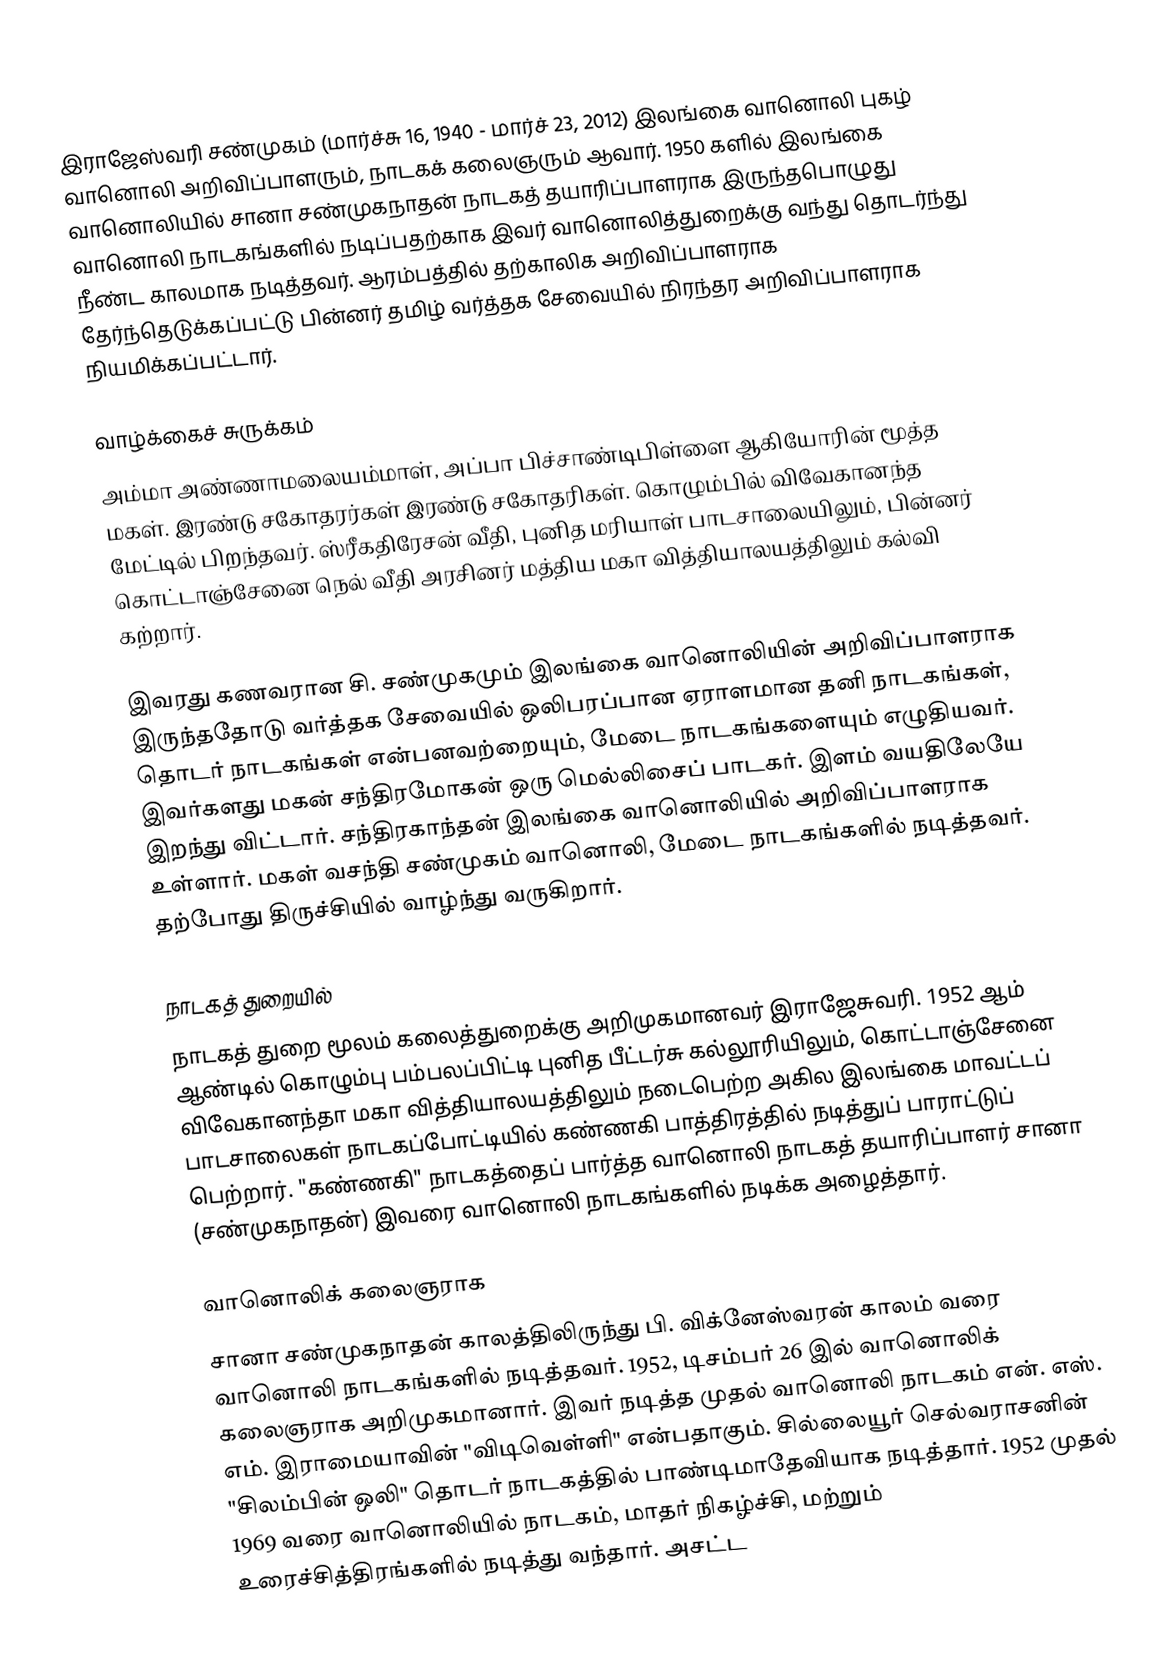
இராஜேஸ்வரி சண்முகம் (மார்ச்சு 16, 1940 - மார்ச் 23, 2012) இலங்கை வானொலி புகழ் வானொலி அறிவிப்பாளரும், நாடகக் கலைஞரும் ஆவார். 1950 களில் இலங்கை வானொலியில் சானா சண்முகநாதன் நாடகத் தயாரிப்பாளராக இருந்தபொழுது வானொலி நாடகங்களில் நடிப்பதற்காக இவர் வானொலித்துறைக்கு வந்து தொடர்ந்து நீண்ட காலமாக நடித்தவர். ஆரம்பத்தில் தற்காலிக அறிவிப்பாளராக தேர்ந்தெடுக்கப்பட்டு பின்னர் தமிழ் வர்த்தக சேவையில் நிரந்தர அறிவிப்பாளராக நியமிக்கப்பட்டார்.

வாழ்க்கைச் சுருக்கம்
அம்மா அண்ணாமலையம்மாள், அப்பா பிச்சாண்டிபிள்ளை ஆகியோரின் மூத்த மகள். இரண்டு சகோதரர்கள் இரண்டு சகோதரிகள். கொழும்பில் விவேகானந்த மேட்டில் பிறந்தவர். ஸ்ரீகதிரேசன் வீதி,  புனித மரியாள் பாடசாலையிலும், பின்னர் கொட்டாஞ்சேனை நெல் வீதி அரசினர் மத்திய மகா வித்தியாலயத்திலும் கல்வி கற்றார்.

இவரது கணவரான சி. சண்முகமும் இலங்கை வானொலியின் அறிவிப்பாளராக இருந்ததோடு வர்த்தக சேவையில் ஒலிபரப்பான ஏராளமான தனி நாடகங்கள், தொடர் நாடகங்கள் என்பனவற்றையும், மேடை நாடகங்களையும்  எழுதியவர். இவர்களது மகன் சந்திரமோகன் ஒரு மெல்லிசைப் பாடகர். இளம் வயதிலேயே இறந்து விட்டார். சந்திரகாந்தன் இலங்கை வானொலியில் அறிவிப்பாளராக உள்ளார். மகள் வசந்தி சண்முகம் வானொலி, மேடை நாடகங்களில் நடித்தவர். தற்போது திருச்சியில் வாழ்ந்து வருகிறார்.

நாடகத் துறையில்
நாடகத் துறை மூலம் கலைத்துறைக்கு அறிமுகமானவர் இராஜேசுவரி. 1952 ஆம் ஆண்டில் கொழும்பு பம்பலப்பிட்டி புனித பீட்டர்சு கல்லூரியிலும், கொட்டாஞ்சேனை விவேகானந்தா மகா வித்தியாலயத்திலும் நடைபெற்ற அகில இலங்கை மாவட்டப் பாடசாலைகள் நாடகப்போட்டியில் கண்ணகி பாத்திரத்தில் நடித்துப் பாராட்டுப் பெற்றார். "கண்ணகி" நாடகத்தைப் பார்த்த வானொலி நாடகத் தயாரிப்பாளர் சானா (சண்முகநாதன்) இவரை வானொலி நாடகங்களில் நடிக்க அழைத்தார்.

வானொலிக் கலைஞராக
சானா சண்முகநாதன் காலத்திலிருந்து பி. விக்னேஸ்வரன் காலம் வரை வானொலி நாடகங்களில் நடித்தவர். 1952, டிசம்பர் 26 இல் வானொலிக் கலைஞராக அறிமுகமானார். இவர் நடித்த முதல் வானொலி நாடகம் என். எஸ். எம். இராமையாவின் "விடிவெள்ளி" என்பதாகும். சில்லையூர் செல்வராசனின் "சிலம்பின் ஒலி" தொடர் நாடகத்தில் பாண்டிமாதேவியாக நடித்தார். 1952 முதல் 1969 வரை வானொலியில் நாடகம், மாதர் நிகழ்ச்சி, மற்றும் உரைச்சித்திரங்களில் நடித்து வந்தார். அசட்ட